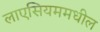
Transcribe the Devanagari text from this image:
लाएसियममधील